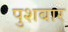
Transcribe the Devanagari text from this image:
पुशबार